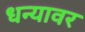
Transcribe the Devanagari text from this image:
धन्यावर